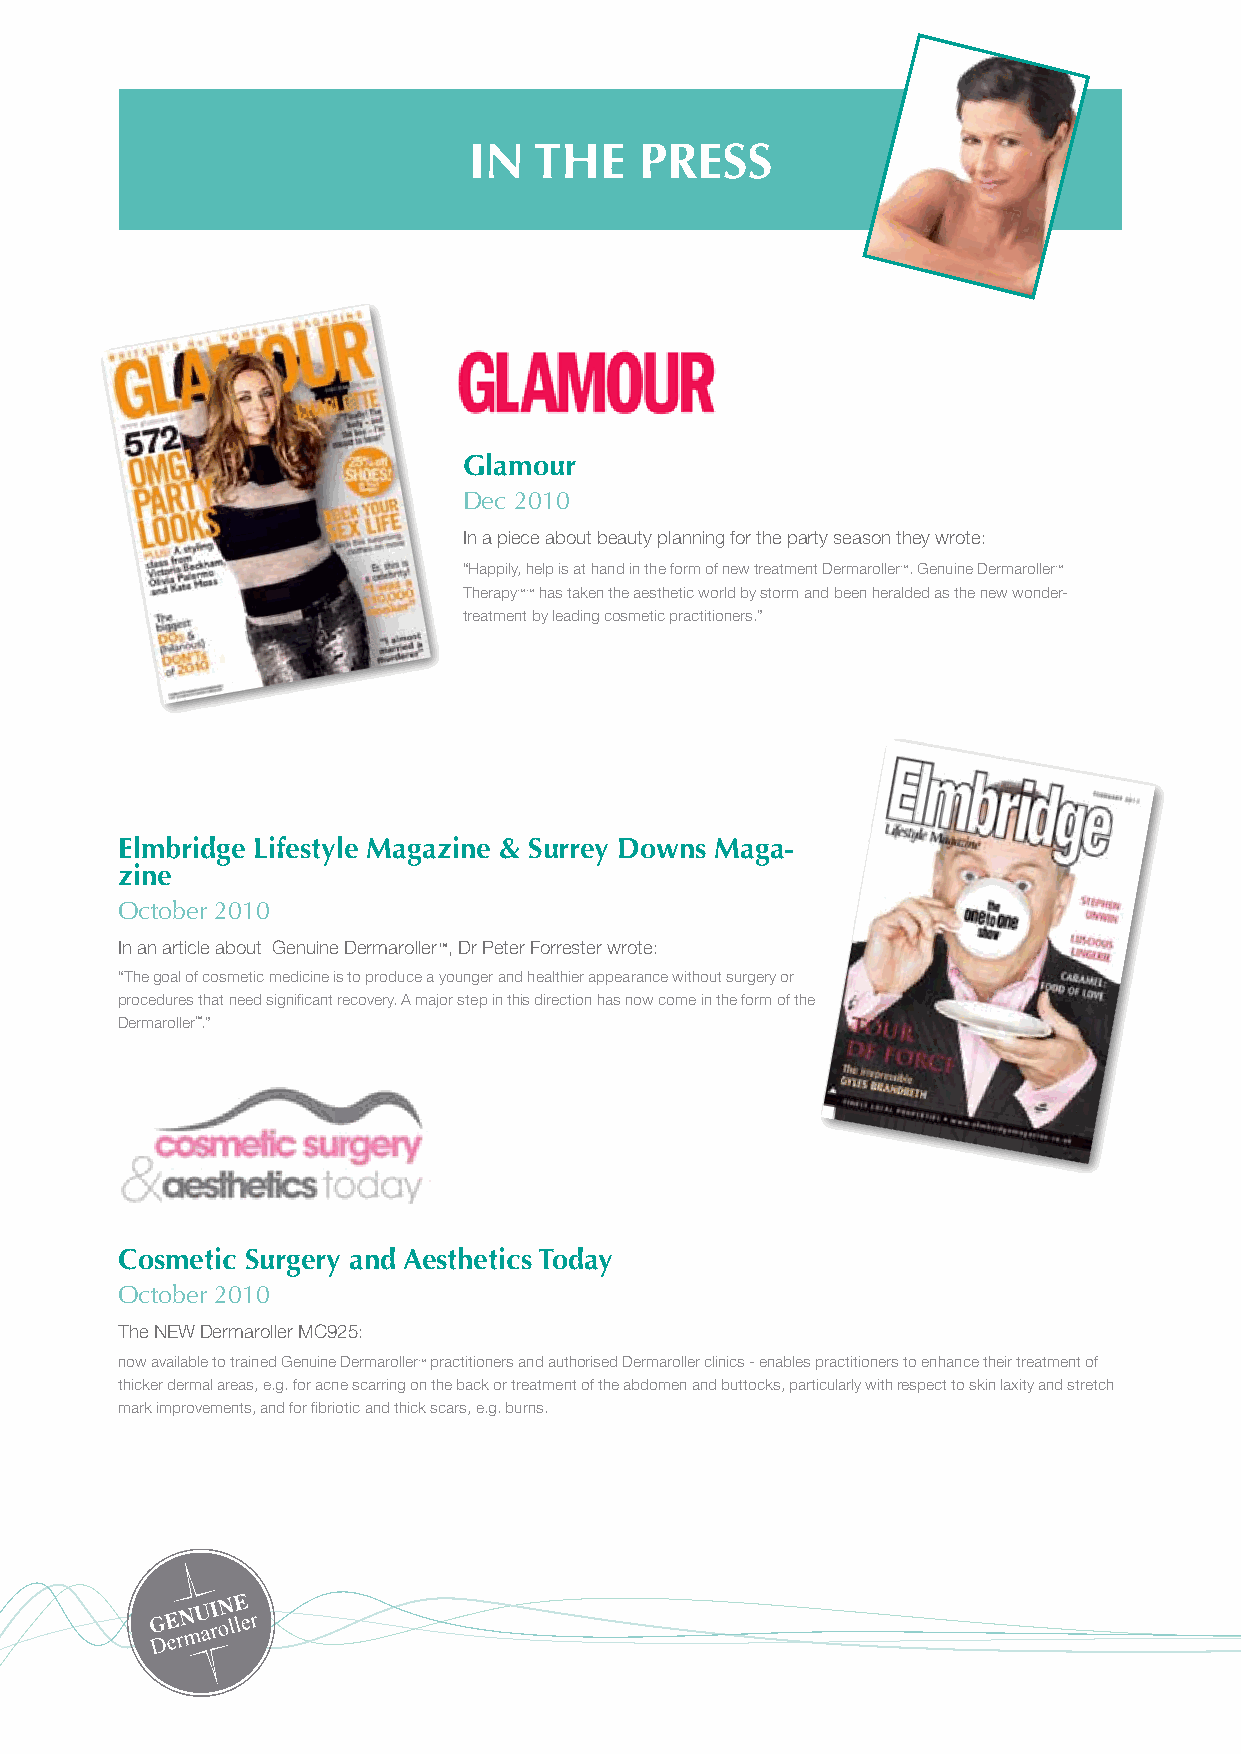
In  the    Press
 Glamour
 Dec 2010
 In a piece about beauty planning for the party season they wrote:
 “Happily, help is at hand in the form of new treatment Dermaroller™. Genuine Dermaroller™
 Therapy™™ has taken the aesthetic world by storm and been heralded as the new wonder-
 treatment by leading cosmetic practitioners.”
 elmbridge Lifestyle Magazine & surrey Downs Maga-
 zine
 October 2010
 In an article about Genuine Dermaroller™, Dr Peter Forrester wrote:
 “The goal of cosmetic medicine is to produce a younger and healthier appearance without surgery or
 procedures that need significant recovery. A major step in this direction has now come in the form of the
 DermarollerTM..”
 Cosmetic surgery and Aesthetics today
 October 2010
 The NEW Dermaroller MC925:
 now available to trained Genuine Dermaroller™ practitioners and authorised Dermaroller clinics - enables practitioners to enhance their treatment of
 thicker dermal areas, e.g. for acne scarring on the back or treatment of the abdomen and buttocks, particularly with respect to skin laxity and stretch
 mark improvements, and for fibriotic and thick scars, e.g. burns.